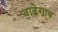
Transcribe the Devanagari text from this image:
वाढेगाव